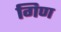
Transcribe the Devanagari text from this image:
गिण